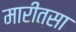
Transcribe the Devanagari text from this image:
मारीत्सा